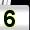
Digit: 5